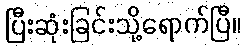
ပြီးဆုံးခြင်းသို့ရောက်ပြီ။